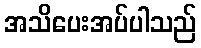
အသိပေးအပ်ပါသည်